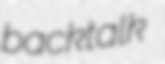
backtalk